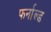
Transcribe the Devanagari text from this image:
फर्नाल्ड